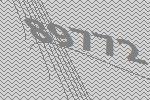
89772